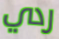
ردي